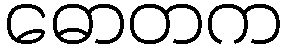
ဓောတက